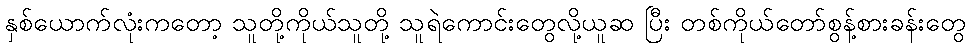
နှစ်ယောက်လုံးကတော့ သူတို့ကိုယ်သူတို့ သူရဲကောင်းတွေလို့ယူဆ ပြီး တစ်ကိုယ်တော်စွန့်စားခန်းတွေ